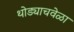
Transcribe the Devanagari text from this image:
थोड्याचवेळा